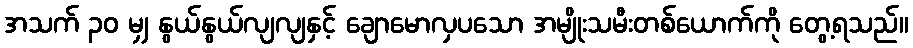
အသက် ၃၀ မျှ နွယ်နွယ်လျလျနှင့် ချောမောလှပသော အမျိုးသမီးတစ်ယောက်ကို တွေ့ရသည်။